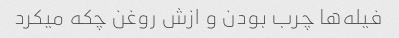
فیله‌ها چرب بودن و ازش روغن چکه میکرد